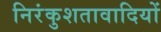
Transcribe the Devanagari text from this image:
निरंकुशतावादियों